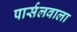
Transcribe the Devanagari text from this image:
पार्सलवाला